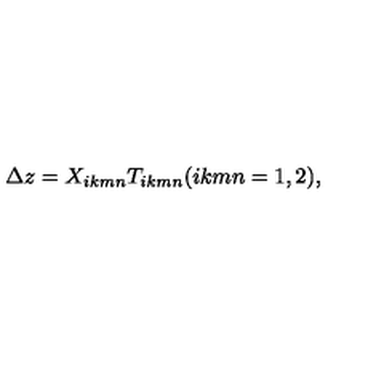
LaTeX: \Delta z = X _ { i k m n } T _ { i k m n } ( i k m n = 1 , 2 ) ,